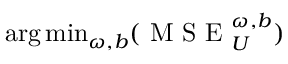
\begin{array} { r } { \operatorname * { a r g \, m i n } _ { \omega , b } ( \mathrm { ~ M ~ S ~ E ~ } _ { U } ^ { \omega , b } ) } \end{array}